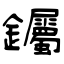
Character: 钃